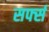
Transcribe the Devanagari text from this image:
सर्फ्स